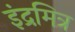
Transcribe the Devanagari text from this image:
इंद्रमित्र